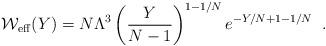
LaTeX: \begin{align*}{\cal W}_{\rm eff} (Y) = N \Lambda^3\left(\frac{Y}{N-1}\right)^{1-1/N} e^{-Y/N+1-1/N} \;\;.\end{align*}